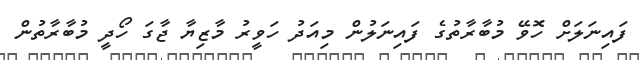
ފައިނަލަށް ހޮވޭ މުބާރާތުގެ ފައިނަލުން މިއަދު ހަވީރު މާޒިޔާ ޖާގަ ހޯދީ މުބާރާތުން